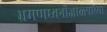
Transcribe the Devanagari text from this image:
भ्रमणध्वनीजाळ्यांच्या